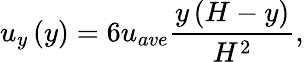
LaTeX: {u_{y}}\left(y\right)=6{u_{ave}}\frac{{y\left({H-y}\right)}}{{{H^{2}}}},